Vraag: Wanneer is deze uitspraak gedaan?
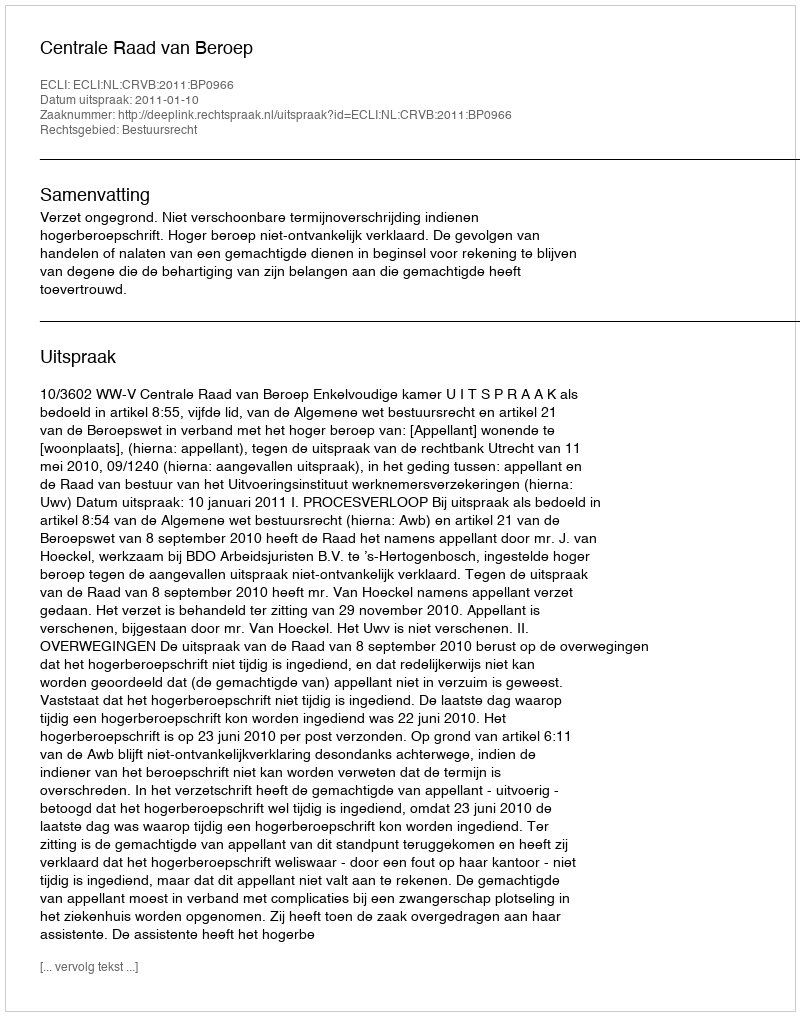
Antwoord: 2011-01-10